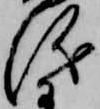
儀